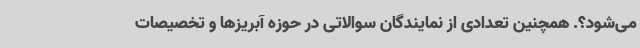
می‌شود؟. همچنین تعدادی از نمایندگان سوالاتی در حوزه آبریزها و تخصیصات